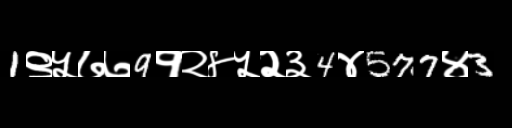
Text: 1९५७७9१२४५२३4४577४3